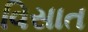
વિસાત